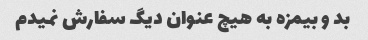
بد و بیمزه به هیچ عنوان دیگ سفارش نمیدم